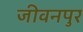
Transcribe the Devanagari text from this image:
जीवनपुर